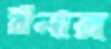
রীনার